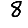
Digit: 8